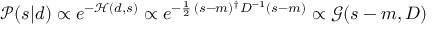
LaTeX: { \mathcal { P } } ( s | d ) \propto e ^ { - { \mathcal { H } } ( d , s ) } \propto e ^ { - { \frac { 1 } { 2 } } \, ( s - m ) ^ { \dagger } D ^ { - 1 } ( s - m ) } \propto { \mathcal { G } } ( s - m , D )